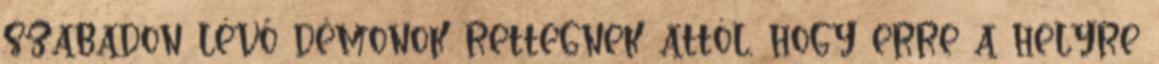
szabadon lévő démonok rettegnek attól, hogy erre a helyre